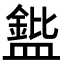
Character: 𪾘